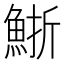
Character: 䱑